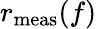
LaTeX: r_{\mathrm{meas}}(f)